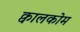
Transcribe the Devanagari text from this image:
क्वालकोम